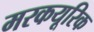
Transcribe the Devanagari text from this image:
मरकयूरिक